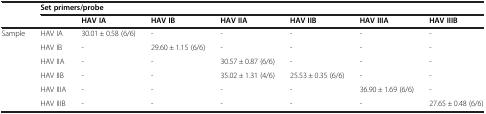
<table><thead><tr><td rowspan="2"></td><td colspan="7"><b>Set primers/probe</b></td></tr><tr><td></td><td><b>HAV IA</b></td><td><b>HAV IB</b></td><td><b>HAV IIA</b></td><td><b>HAV IIB</b></td><td><b>HAV IIIA</b></td><td><b>HAV IIIB</b></td></tr></thead><tbody><tr><td rowspan="6">Sample</td><td>HAV IA</td><td>30.01 ± 0.58 (6/6)</td><td>-</td><td>-</td><td>-</td><td>-</td><td>-</td></tr><tr><td>HAV IB</td><td>-</td><td>29.60 ± 1.15 (6/6)</td><td>-</td><td>-</td><td>-</td><td>-</td></tr><tr><td>HAV IIA</td><td>-</td><td>-</td><td>30.57 ± 0.87 (6/6)</td><td>-</td><td>-</td><td>-</td></tr><tr><td>HAV IIB</td><td>-</td><td>-</td><td>35.02 ± 1.31 (4/6)</td><td>25.53 ± 0.35 (6/6)</td><td>-</td><td>-</td></tr><tr><td>HAV IIIA</td><td>-</td><td>-</td><td>-</td><td>-</td><td>36.90 ± 1.69 (6/6)</td><td>-</td></tr><tr><td>HAV IIIB</td><td>-</td><td>-</td><td>-</td><td>-</td><td>-</td><td>27.65 ± 0.48 (6/6)</td></tr></tbody></table>